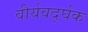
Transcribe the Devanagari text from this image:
वीर्यवर्द्घक